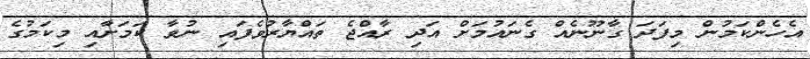
އެހެންކަމުން މިފަދަ ގާނޫނެއް ގެނައުމަށް އަދި ރާއްޖެ ތައްޔާރުވެފައި ނުވާ ކަމަށާއި މިކަމުގެ